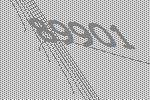
89901